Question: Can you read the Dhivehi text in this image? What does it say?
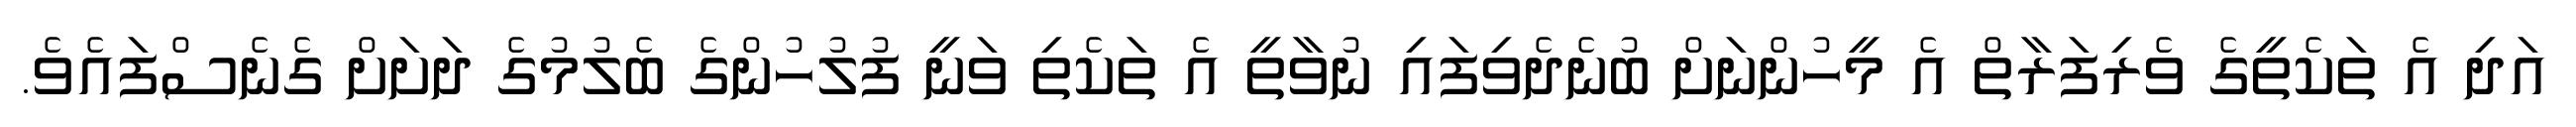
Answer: އަދި އެ ތަކެތީގެ ވެރިފަރާތް އެ މީހުންނަށް ބުނެދެވިފައި ނުވާތީ އެ ތަކެތި ވަނީ ފުލުހުންގެ ބެލުމުގެ ދަށަށް ގެނެސްފައެވެ.